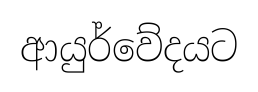
ආයුර්වේදයට